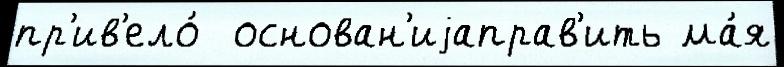
пр'ив'ело́  основан'иjаправ'ить ма́я